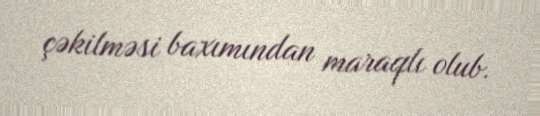
çəkilməsi baxımından maraqlı olub.